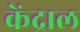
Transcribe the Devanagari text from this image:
केंद्राल